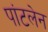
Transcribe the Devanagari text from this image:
पांटलेन